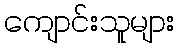
ကျောင်းသူများ